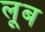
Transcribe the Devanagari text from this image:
लूब